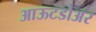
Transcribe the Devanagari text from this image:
आऊटडोअर